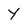
Character: Y